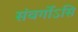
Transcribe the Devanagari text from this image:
संवर्गोऽसि